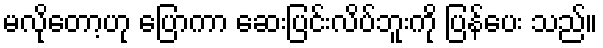
မလိုတော့ဟု ပြောကာ ဆေးပြင်းလိပ်ဘူးကို ပြန်ပေး သည်။